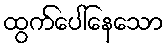
ထွက်ပေါ်နေသော